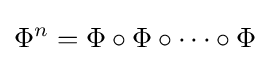
\Phi ^{n}=\Phi \circ \Phi \circ \dots \circ \Phi